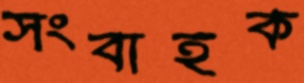
সংবাহক